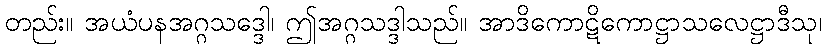
တည်း။ အယံပနအဂ္ဂသဒ္ဒေါ၊ ဤအဂ္ဂသဒ္ဒါသည်။ အာဒိကောဋိကောဋ္ဌာသလေဋ္ဌာဒီသု၊